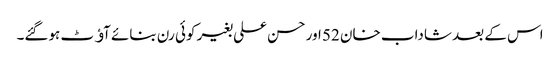
اس کے بعد شاداب خان 52 اور حسن علی بغیر کوئی رن بنائے آﺅٹ ہوگئے۔